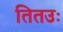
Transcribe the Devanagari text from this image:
तितउः